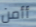
أأمن